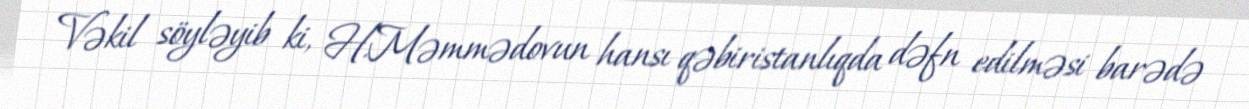
Vəkil söyləyib ki, H.Məmmədovun hansı qəbiristanlıqda dəfn edilməsi barədə